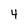
Character: 4